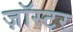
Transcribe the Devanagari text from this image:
ज़ॉस्टर